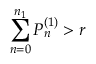
\sum _ { n = 0 } ^ { n _ { 1 } } P _ { n } ^ { ( 1 ) } > r